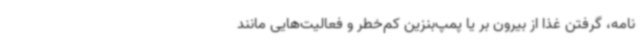
نامه، گرفتن غذا از بیرون بر یا پمپ‌بنزین کم‌خطر و فعالیت‌هایی مانند